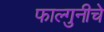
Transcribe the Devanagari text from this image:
फाल्गुनीचे